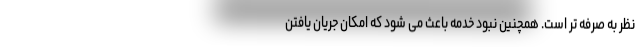
نظر به صرفه تر است. همچنین نبود خدمه باعث می شود که امکان جریان یافتن